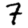
Digit: 7